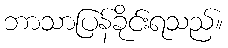
ဘာသာပြန်ခိုင်းရသည်။